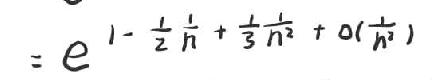
$=e^{1-\frac{z}{n}+\frac{z^{2}}{2n^{2}}+\mathcal{O}(\frac{1}{n^{2}})}$